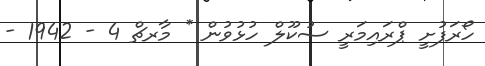
ހޯރަފުށީ ޕްރައިމަރީ ސުކޫލް ހުޅުވުން * މާރޗް 4 - 1942 -